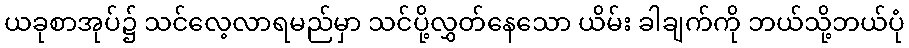
ယခုစာအုပ်၌ သင်လေ့လာရမည်မှာ သင်ပို့လွှတ်နေသော ယိမ်း ခါချက်ကို ဘယ်သို့ဘယ်ပုံ